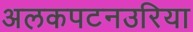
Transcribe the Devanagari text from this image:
अलकपटनउरिया